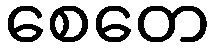
စေတေ